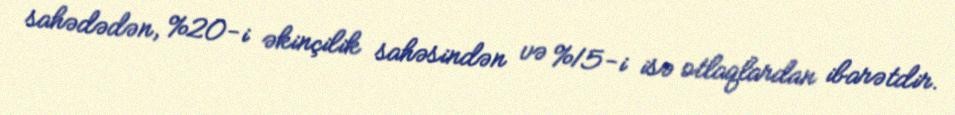
sahədədən, %20-i əkinçilik sahəsindən və %15-i isə otlaqlardan ibarətdir.